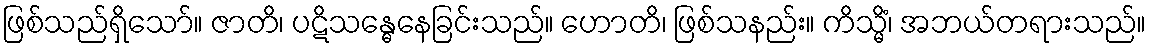
ဖြစ်သည်ရှိသော်။ ဇာတိ၊ ပဋိသန္ဓေနေခြင်းသည်။ ဟောတိ၊ ဖြစ်သနည်း။ ကိသ္မိံ၊ အဘယ်တရားသည်။